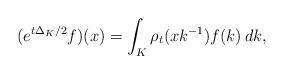
LaTeX: \begin{align*}(e^{t\Delta_{K}/2}f)(x)=\int_{K}\rho_{t}(xk^{-1})f(k)\,dk,\end{align*}